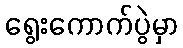
ရွေးကောက်ပွဲမှာ